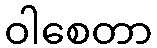
ဝါစေတာ